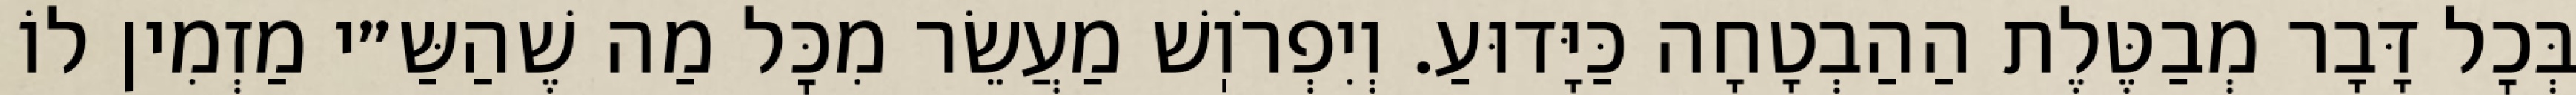
בְּכׇל דָּבָר מְבַטֶּלֶת הַהַבְטָחָה כַּיָּדוּעַ. וְיִפְרֹוֽשׁ מַעֲשֵׂר מִכׇּל מַה שֶׁהַשַּ״י מַזְמִין לוֹ